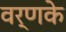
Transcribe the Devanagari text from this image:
वर्णके